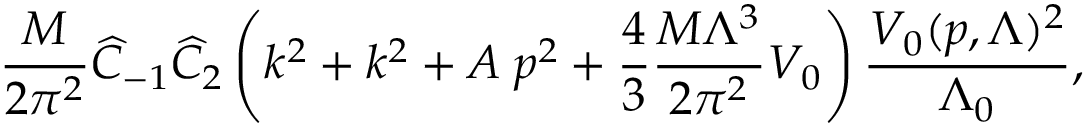
\frac { M } { 2 \pi ^ { 2 } } \widehat C _ { - 1 } \widehat C _ { 2 } \left( k ^ { 2 } + k ^ { 2 } + A \; p ^ { 2 } + \frac { 4 } { 3 } \frac { M \Lambda ^ { 3 } } { 2 \pi ^ { 2 } } V _ { 0 } \right) \frac { V _ { 0 } ( p , \Lambda ) ^ { 2 } } { \Lambda _ { 0 } } ,